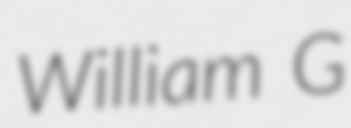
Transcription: William G